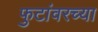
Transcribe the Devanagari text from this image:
फुटांवरच्या